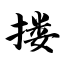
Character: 搂